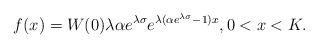
LaTeX: \begin{align*}f(x) = W(0)\lambda\alpha e^{\lambda \sigma} e^{\lambda (\alpha e^{\lambda \sigma} -1 )x}, 0 < x < K.\end{align*}